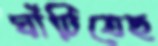
ঘাঁটিতেছ